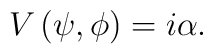
V\left( \psi ,\phi \right) =i\alpha .